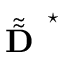
\tilde { \tilde { \textbf { D } } } ^ { \star }